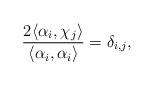
LaTeX: \begin{align*} \frac{2\langle\alpha_i,\chi_j\rangle}{\langle\alpha_i,\alpha_i\rangle}=\delta_{i,j},\end{align*}